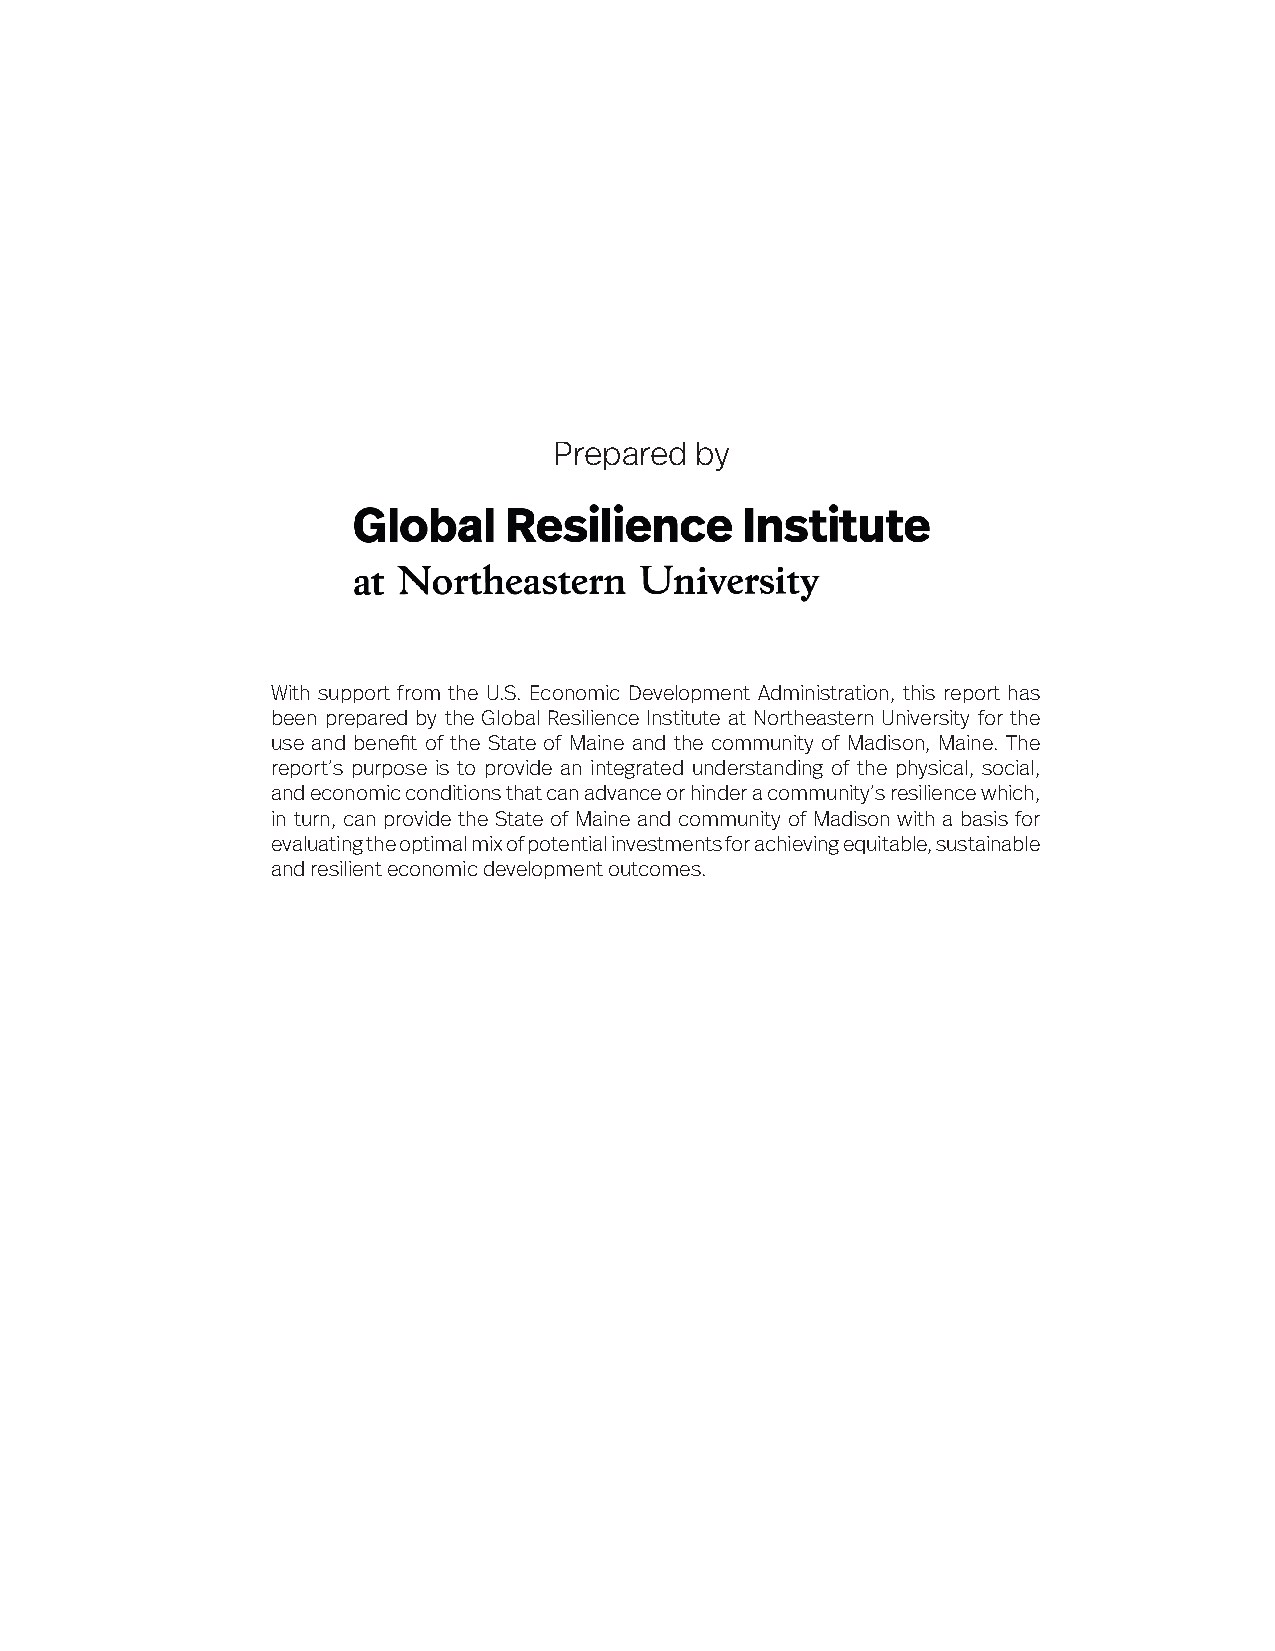
Prepared by
 With support from the U.S. Economic Development Administration, this report has
 been prepared by the Global Resilience Institute at Northeastern University for the
 use and benefit of the State of Maine and the community of Madison, Maine. The
 report’s purpose is to provide an integrated understanding of the physical, social,
 and economic conditions that can advance or hinder a community’s resilience which,
 in turn, can provide the State of Maine and community of Madison with a basis for
 evaluating the optimal mix of potential investments for achieving equitable, sustainable
 and resilient economic development outcomes.